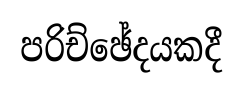
පරිච්ඡේදයකදී